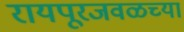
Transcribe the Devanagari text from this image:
रायपूरजवळच्या